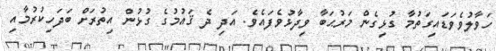
ހަވާލުވެވަޑައިގަތުމާ ގުޅިގެން މަރުޙަބާ ވިދާޅުވެފައެވެ. އަދި ދެ ޤައުމުގެ ގުޅުން އިތުރަށް ބަދަހިކުރުމާއި